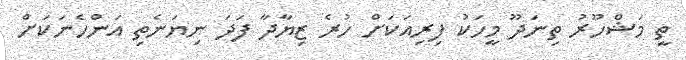
ތީ މަޝްހޫރު ތިނަދޫ މީހަކު ފިރިއަކަށް ހުރެ ޒިޔާދާ ފަދަ ނިޔަނެތި އަންހެނަކަށް